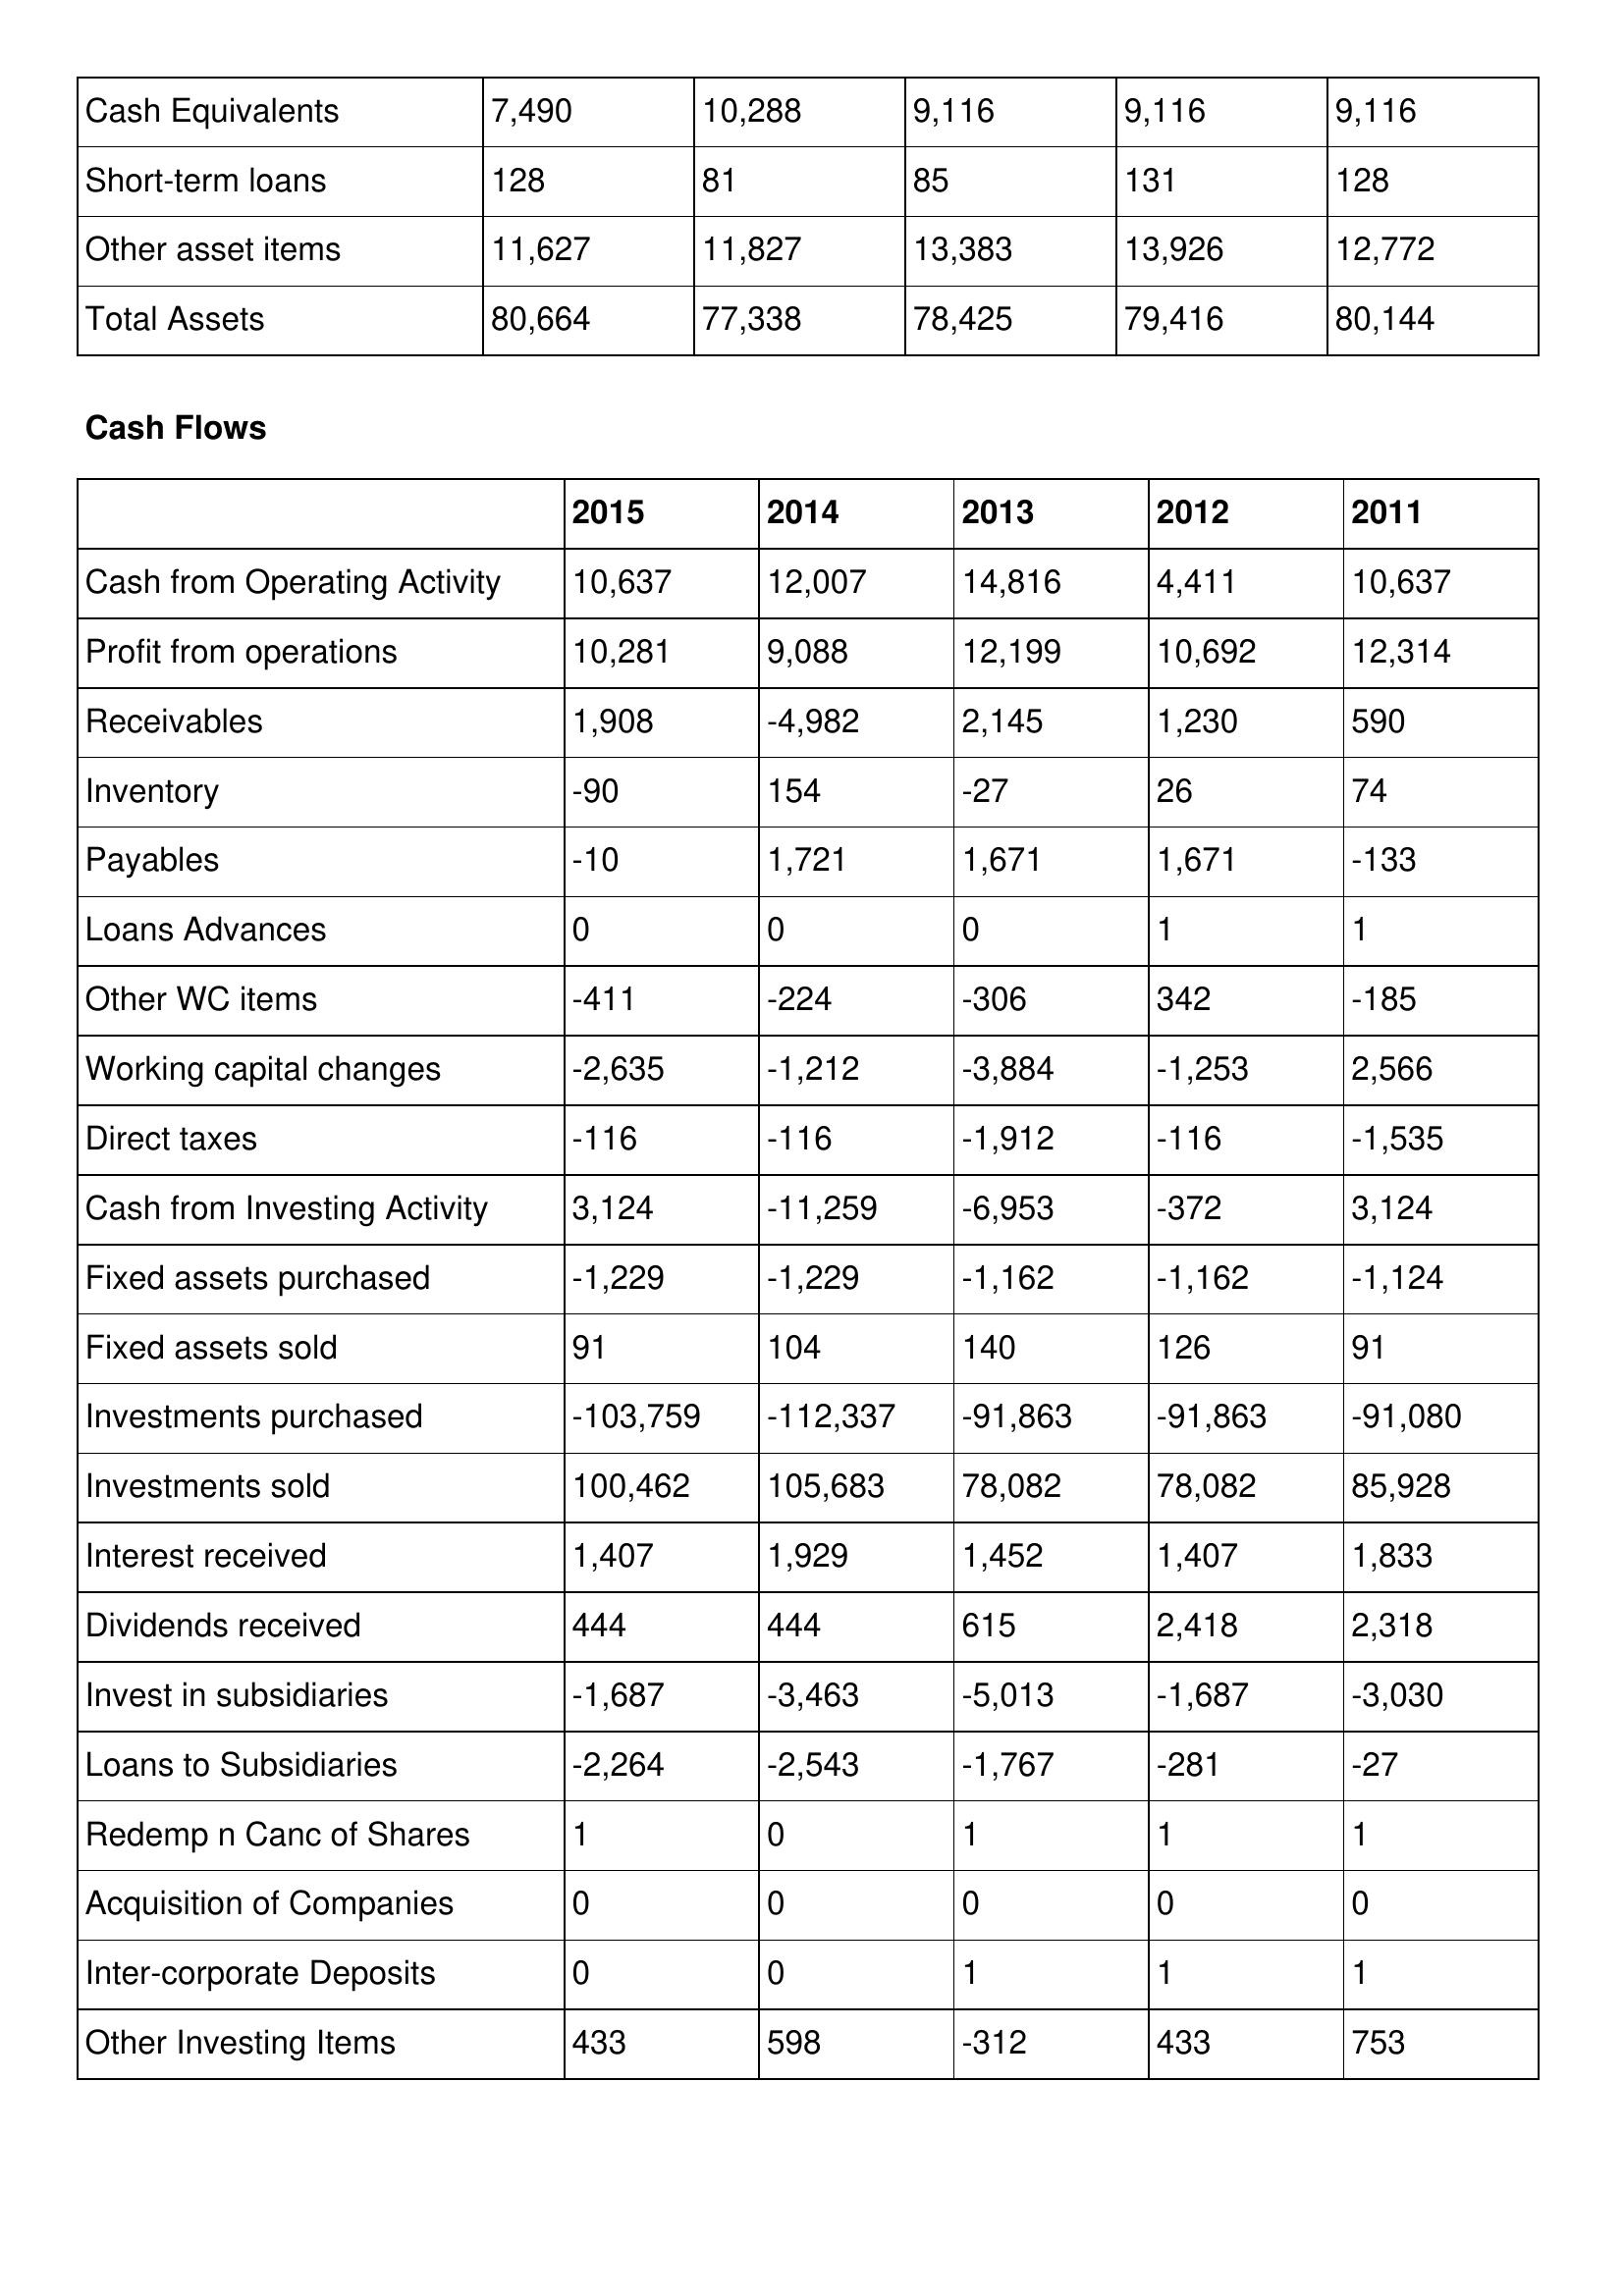
gt_parse: 2015: Balance Sheet: Cash Equivalents: 7,490
Short-term loans: 128
Other asset items: 11,627
Total Assets: 80,664
Cash Flows: Cash from Operating Activity: 10,637
Profit from operations: 10,281
Receivables: 1,908
Inventory: -90
Payables: -10
Loans Advances: 0
Other WC items: -411
Working capital changes: -2,635
Direct taxes: -116
Cash from Investing Activity: 3,124
Fixed assets purchased: -1,229
Fixed assets sold: 91
Investments purchased: -103,759
Investments sold: 100,462
Interest received: 1,407
Dividends received: 444
Invest in subsidiaries: -1,687
Loans to Subsidiaries: -2,264
Redemp n Canc of Shares: 1
Acquisition of Companies: 0
Inter-corporate Deposits: 0
Other Investing Items: 433
2014: Balance Sheet: Cash Equivalents: 10,288
Short-term loans: 81
Other asset items: 11,827
Total Assets: 77,338
Cash Flows: Cash from Operating Activity: 12,007
Profit from operations: 9,088
Receivables: -4,982
Inventory: 154
Payables: 1,721
Loans Advances: 0
Other WC items: -224
Working capital changes: -1,212
Direct taxes: -116
Cash from Investing Activity: -11,259
Fixed assets purchased: -1,229
Fixed assets sold: 104
Investments purchased: -112,337
Investments sold: 105,683
Interest received: 1,929
Dividends received: 444
Invest in subsidiaries: -3,463
Loans to Subsidiaries: -2,543
Redemp n Canc of Shares: 0
Acquisition of Companies: 0
Inter-corporate Deposits: 0
Other Investing Items: 598
2013: Balance Sheet: Cash Equivalents: 9,116
Short-term loans: 85
Other asset items: 13,383
Total Assets: 78,425
Cash Flows: Cash from Operating Activity: 14,816
Profit from operations: 12,199
Receivables: 2,145
Inventory: -27
Payables: 1,671
Loans Advances: 0
Other WC items: -306
Working capital changes: -3,884
Direct taxes: -1,912
Cash from Investing Activity: -6,953
Fixed assets purchased: -1,162
Fixed assets sold: 140
Investments purchased: -91,863
Investments sold: 78,082
Interest received: 1,452
Dividends received: 615
Invest in subsidiaries: -5,013
Loans to Subsidiaries: -1,767
Redemp n Canc of Shares: 1
Acquisition of Companies: 0
Inter-corporate Deposits: 1
Other Investing Items: -312
2012: Balance Sheet: Cash Equivalents: 9,116
Short-term loans: 131
Other asset items: 13,926
Total Assets: 79,416
Cash Flows: Cash from Operating Activity: 4,411
Profit from operations: 10,692
Receivables: 1,230
Inventory: 26
Payables: 1,671
Loans Advances: 1
Other WC items: 342
Working capital changes: -1,253
Direct taxes: -116
Cash from Investing Activity: -372
Fixed assets purchased: -1,162
Fixed assets sold: 126
Investments purchased: -91,863
Investments sold: 78,082
Interest received: 1,407
Dividends received: 2,418
Invest in subsidiaries: -1,687
Loans to Subsidiaries: -281
Redemp n Canc of Shares: 1
Acquisition of Companies: 0
Inter-corporate Deposits: 1
Other Investing Items: 433
2011: Balance Sheet: Cash Equivalents: 9,116
Short-term loans: 128
Other asset items: 12,772
Total Assets: 80,144
Cash Flows: Cash from Operating Activity: 10,637
Profit from operations: 12,314
Receivables: 590
Inventory: 74
Payables: -133
Loans Advances: 1
Other WC items: -185
Working capital changes: 2,566
Direct taxes: -1,535
Cash from Investing Activity: 3,124
Fixed assets purchased: -1,124
Fixed assets sold: 91
Investments purchased: -91,080
Investments sold: 85,928
Interest received: 1,833
Dividends received: 2,318
Invest in subsidiaries: -3,030
Loans to Subsidiaries: -27
Redemp n Canc of Shares: 1
Acquisition of Companies: 0
Inter-corporate Deposits: 1
Other Investing Items: 753